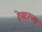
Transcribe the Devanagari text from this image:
हेक्टरच्या